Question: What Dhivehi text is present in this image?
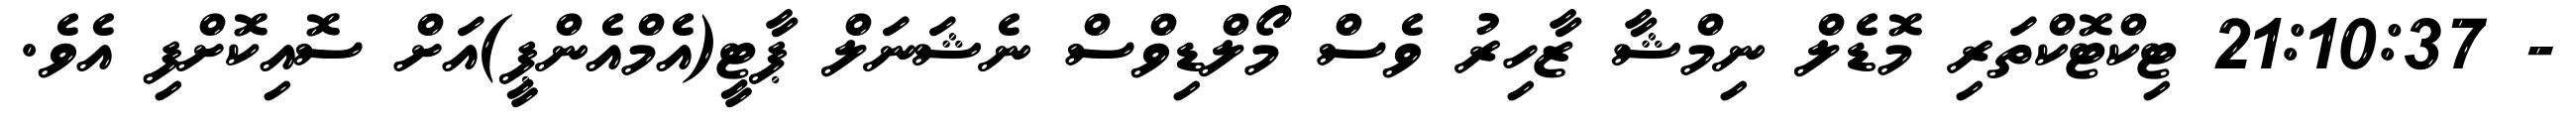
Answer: - 21:10:37 ޓިކްޓޮކްތަރި މޮޑެލް ނިމްޝާ ޒާހިރު ވެސް މޯލްޑިވްސް ނެޝަނަލް ޕާޓީ(އެމްއެންޕީ)އަށް ސޮއިކޮށްފި އެވެ.